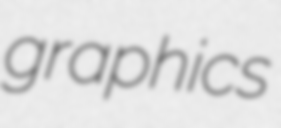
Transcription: graphics